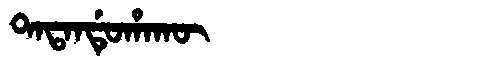
Manchu: ᡨᠠᡨᠠᠨᡩᡠᡥᠠᡴᡡ
Romanization: TATANDUHAKŪ